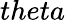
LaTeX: theta